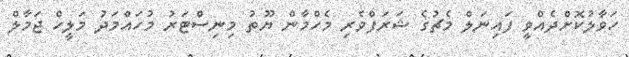
ހަވާލުކޮށްދެއްވީ ފައިނަލް މެޗުގެ ޝަރަފްވެރި މެހްމާން ޔޫތު މިނިސްޓަރު މުހައްމަދު މަލީހް ޖަމާލް